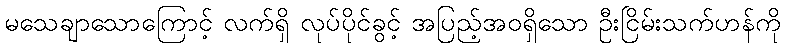
မသေချာသောကြောင့် လက်ရှိ လုပ်ပိုင်ခွင့် အပြည့်အဝရှိသော ဦးငြိမ်းသက်ဟန်ကို